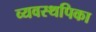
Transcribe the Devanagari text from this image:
व्यवस्थपिका